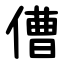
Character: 傮